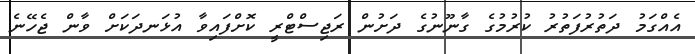
އެއްގަމު ދަތުރުފަތުރު ކުރުމުގެ ގާނޫނުގެ ދަށުން ރަޖިސްޓްރީ ކޮށްފައިވާ އުޅަނދަކަށް ވާން ޖެހޭނެ